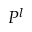
P ^ { l }